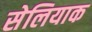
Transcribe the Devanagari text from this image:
सेलियाक